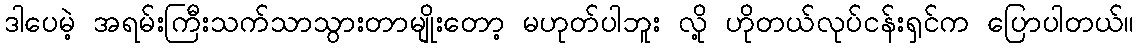
ဒါပေမဲ့ အရမ်းကြီးသက်သာသွားတာမျိုးတော့ မဟုတ်ပါဘူး လို့ ဟိုတယ်လုပ်ငန်းရှင်က ပြောပါတယ်။